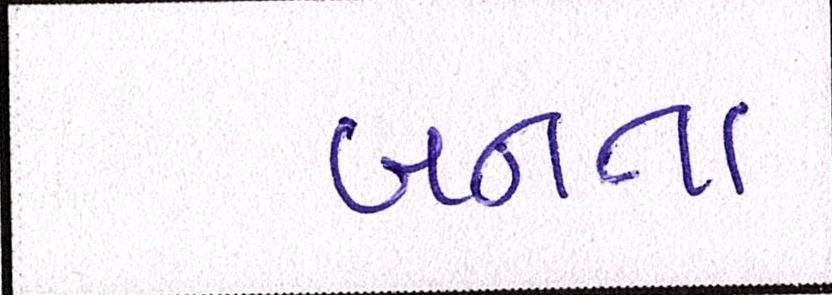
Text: બનતા